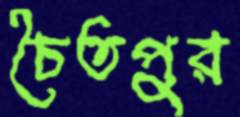
চৈতপুর